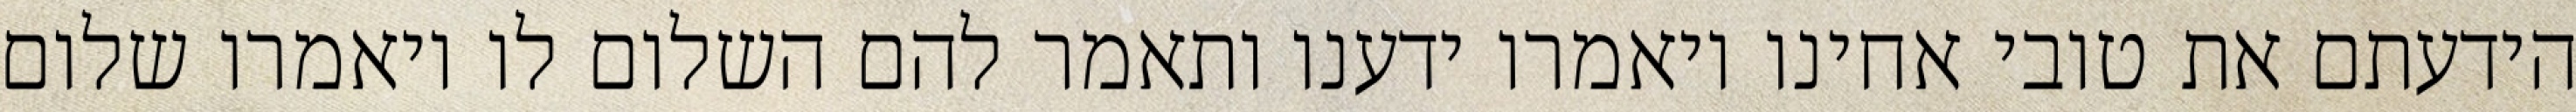
הידעתם את טובי אחינו ויאמרו ידענו ותאמר להם השלום לו ויאמרו שלום